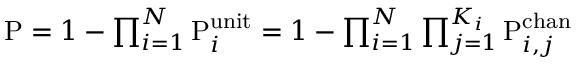
\begin{array} { r } { \mathrm { P } = 1 - \prod _ { i = 1 } ^ { N } \mathrm { P } _ { i } ^ { \mathrm { u n i t } } = 1 - \prod _ { i = 1 } ^ { N } \prod _ { j = 1 } ^ { K _ { i } } \mathrm { P } _ { i , j } ^ { \mathrm { c h a n } } } \end{array}